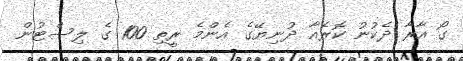
ގޯ އާރާ ދެކުނު ކޮރެއާ ދުނިޔޭގެ އެންމެ ރީތި 100 ގެ ލިސްޓުން